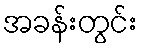
အခန်းတွင်း